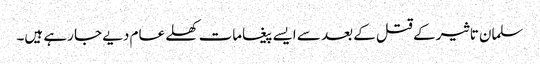
سلمان تاثیر کے قتل کے بعد سے ایسے پیغامات کھلے عام دیے جا رہے ہیں۔